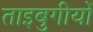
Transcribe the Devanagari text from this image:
ताइबुगीयों